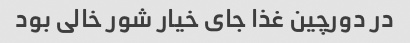
در دورچین غذا جای خیار شور خالی بود